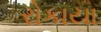
રોકાયા